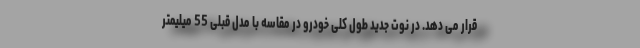
قرار می دهد. در نوت جدید طول کلی خودرو در مقاسه با مدل قبلی 55 میلیمتر